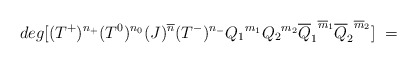
\begin{align*}deg [(T^+)^{n_+} (T^0)^{n_0}(J)^{\overline{n}}(T^-)^{n_-}{Q_1}^{m_1}{Q_2}^{m_2}{\overline{Q}_1}^{\overline{m}_1}{\overline{Q}_2}^ {\overline{m}_2} ] \ =\end{align*}